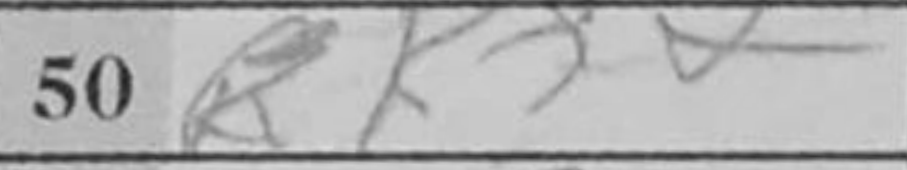
Transcription: Kf2